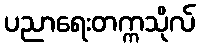
ပညာရေးတက္ကသိုလ်